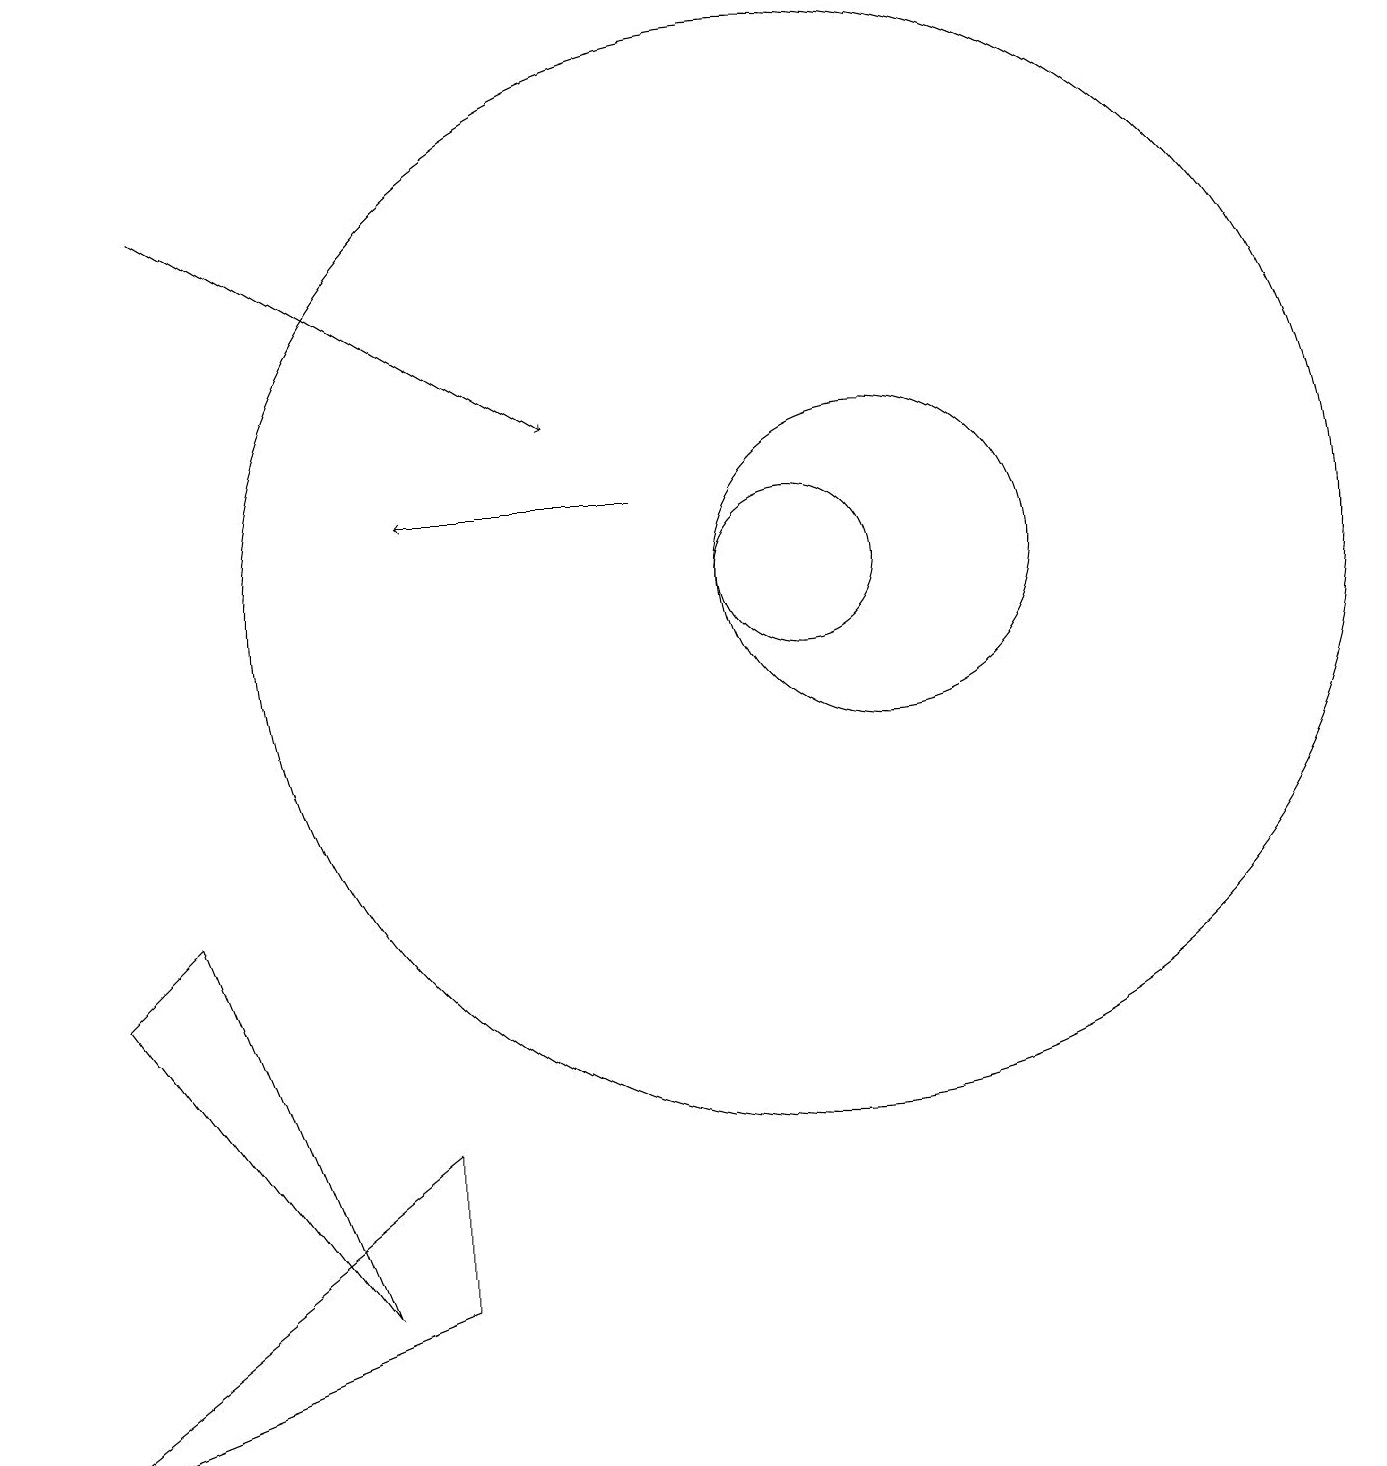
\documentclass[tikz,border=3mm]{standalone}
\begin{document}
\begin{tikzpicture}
\draw[->] (2,16) -- (7,13);
\draw (5,4) -- (0,0) -- (5,2) -- cycle;
\draw[->] (8,12) -- (5,12);
\draw (10,11) circle (1);
\draw (11,11) circle (2);
\draw (10,11) circle (7);
\draw (4,2) -- (1,6) -- (2,7) -- cycle;
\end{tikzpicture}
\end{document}